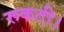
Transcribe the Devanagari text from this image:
रूकती।